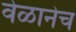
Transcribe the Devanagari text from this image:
वेळानेच